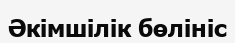
Әкімшілік бөлініс